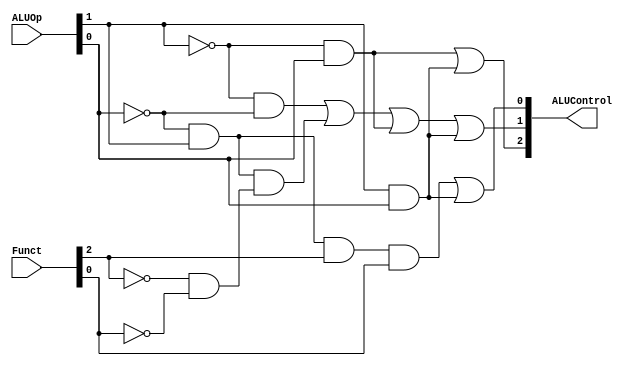
`timescale 1 ps / 100 fs
module ALUControlUnit (ALUOp, Funct, ALUControl);

// setting the ports
input [1:0] ALUOp;
input [5:0] Funct;
output [2:0] ALUControl;
wire [2:0] ALUControl;


//finding ALUControl[2]
assign ALUControl[2] = (~ALUOp[1]&ALUOp[0])|(ALUOp[1]&ALUOp[0]);
//finding ALUControl[1]
assign ALUControl[1] = (~ALUOp[1]&(~ALUOp[0]))|((~ALUOp[0]&ALUOp[1])&(~Funct[2]&(~Funct[0])))|(~ALUOp[1]&ALUOp[0])|(ALUOp[1]&ALUOp[0]);
//findign ALUControl[0]
assign ALUControl[0] = (~ALUOp[0]&ALUOp[1]&Funct[2]&Funct[0])|(ALUOp[1]&ALUOp[0]);
	
endmodule